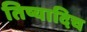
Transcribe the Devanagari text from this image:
तिष्यादिच